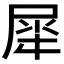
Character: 𫵠